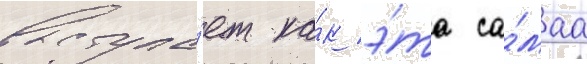
выступа́ет ка́к э́та са́маа